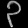
Digit: ၃